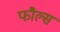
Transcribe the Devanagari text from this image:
फौल्स